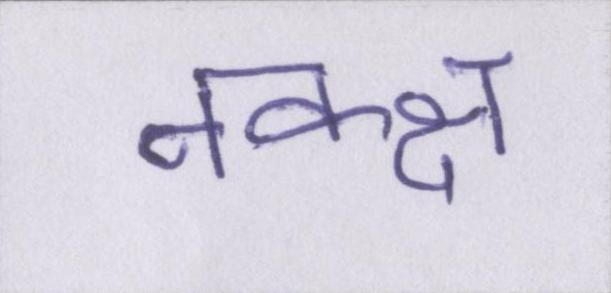
नक्क्ष